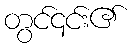
တွင်၎င်း၏